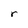
Character: r